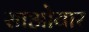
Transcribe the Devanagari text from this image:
साओयार